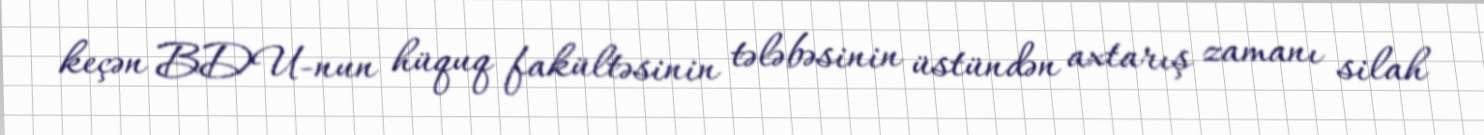
keçən BDU-nun hüquq fakültəsinin tələbəsinin üstündən axtarış zamanı silah